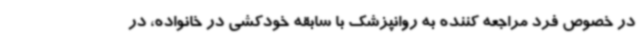
در خصوص فرد مراجعه کننده به روانپزشک با سابقه خودکشی در خانواده، در